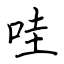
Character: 哇